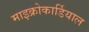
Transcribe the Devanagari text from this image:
माइक्रोकार्डियाल